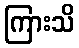
ကြားသိ